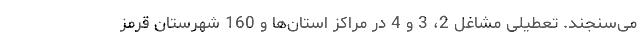
می‌سنجند. تعطیلی مشاغل 2، 3 و 4 در مراکز استان‌ها و 160 شهرستان قرمز